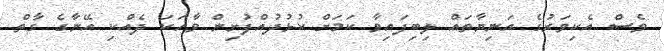
ވެސް އެކިވަރުގެ އަނިޔާތައް ލިބިފައިވާ ކަމަށް ކުޅުދުއްފުށިން ވާހަކަ ދެއްކި އޭނާގެ ގާތް